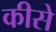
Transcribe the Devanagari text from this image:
कीसे